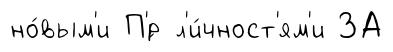
но́вым'и П'́р л'и́чност'ям'и ЗА